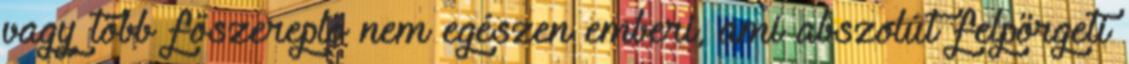
vagy több főszereplő nem egészen emberi, ami abszolút felpörgeti